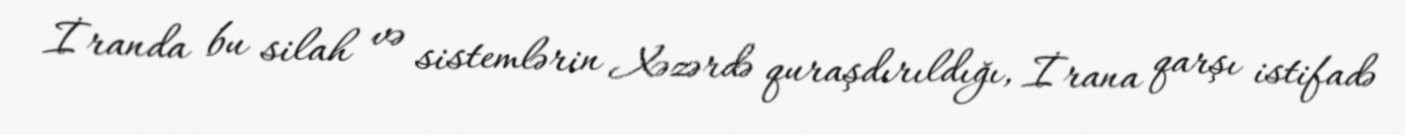
İranda bu silah və sistemlərin Xəzərdə quraşdırıldığı, İrana qarşı istifadə